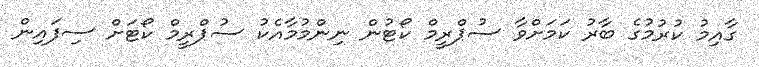
ގާއިމު ކުރުމުގެ ބާރު ކަމަށްވާ ސުޕްރީމް ކޯޓުން ނިންމުމާއެކު ސުޕްރީމް ކޯޓަށް ސިފައިން